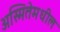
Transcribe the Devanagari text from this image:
अस्मितेमधील